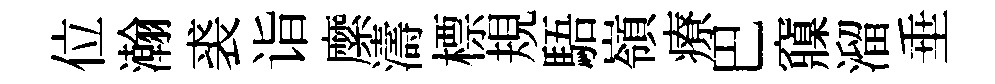
位瀚裘诣縻濤標規䮏嶺療巴䆿溜垂